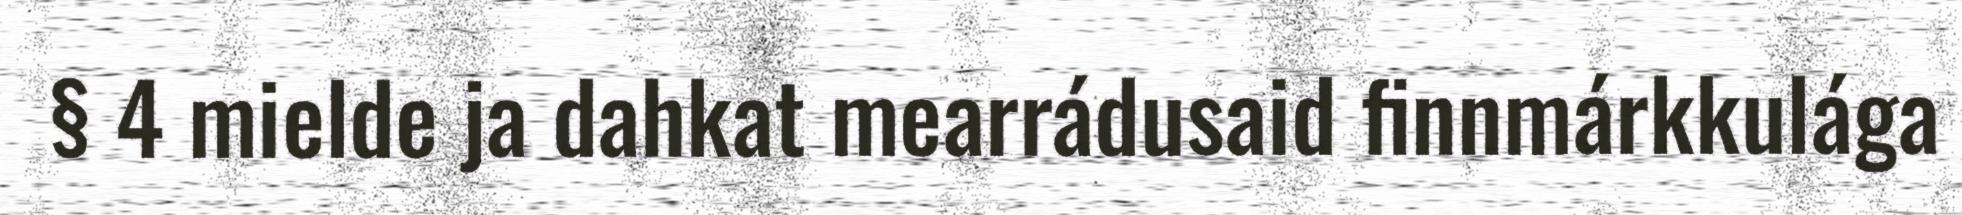
§ 4 mielde ja dahkat mearrádusaid finnmárkkulága